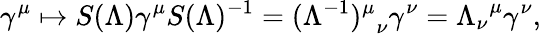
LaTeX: \gamma^{\mu}\mapsto S(\Lambda)\gamma^{\mu}S(\Lambda)^{-1}={(\Lambda^{-1})^{\mu}}_{\nu}\gamma^{\nu}={\Lambda_{\nu}}^{\mu}\gamma^{\nu},